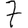
Digit: 7